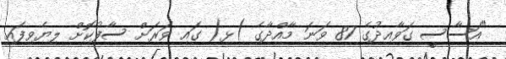
"އަސާސީ ގަވާއިދުގެ 87 ވަނަ މާއްދާގެ )ޅ( ގައި ވަރަށް ސާފުކޮށް ލިޔެވިފައި